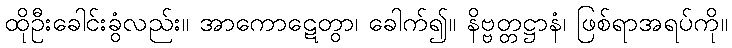
ထိုဦးခေါင်းခွံလည်း။ အာကောဋေတွာ၊ ခေါက်၍။ နိဗ္ဗတ္တဋ္ဌာနံ၊ ဖြစ်ရာအရပ်ကို။